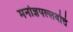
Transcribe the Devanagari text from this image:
मनोज्ञपल्लवोत्तं